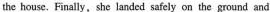
the house. Finally,she landed safely on the ground and